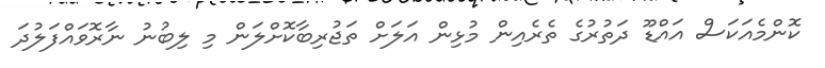
ކޮންމެއަކަސް އައްޑޫ ދަތުރުގެ ތެރެއިން މުޅިން އަލަށް ތަޖުރިބާކޮށްލަން މި ލިބުނު ނާރޮވައްފަލުދަ